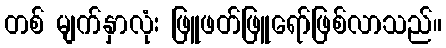
တစ် မျက်နှာလုံး ဖြူဖတ်ဖြူရော်ဖြစ်လာသည်။